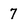
Character: 7